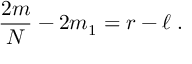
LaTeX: { \frac { 2 m } { N } } - 2 m _ { 1 } = r - \ell \; .